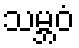
သမ္ဘဝံ